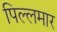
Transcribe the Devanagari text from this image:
पिल्लमार